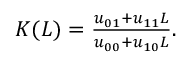
\begin{array} { r } { K ( L ) = \frac { u _ { 0 1 } + u _ { 1 1 } L } { u _ { 0 0 } + u _ { 1 0 } L } . } \end{array}